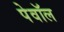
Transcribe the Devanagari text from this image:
पेवॉल